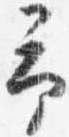
予